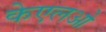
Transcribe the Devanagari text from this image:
केएलओ